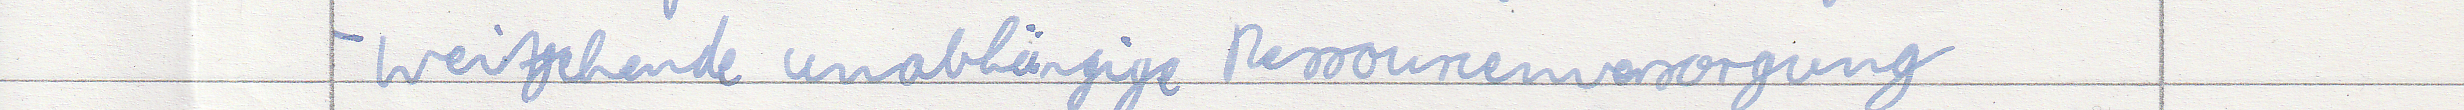
- weitgehende unabhängige Ressourcenversorgung